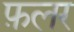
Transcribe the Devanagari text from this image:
फ़लर